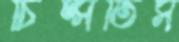
চিম্‌সতিস